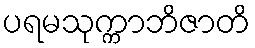
ပရမသုက္ကာဘိဇာတိ